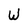
Character: W